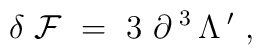
\delta \; {\cal F} \ = \ 3 \ \partial^{\; 3} \, \Lambda^{\; \prime} \ ,